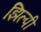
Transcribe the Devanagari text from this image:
झिल्पी